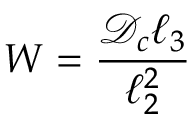
W = \frac { { \mathcal { D } } _ { c } \ell _ { 3 } } { \ell _ { 2 } ^ { 2 } }